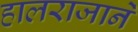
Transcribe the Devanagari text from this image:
हालराजाने